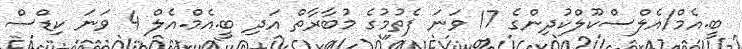
ބީ.އެމް/އެލްސްކޫލްކުދިންގެ 17 ވަނަ ފެތުމުގެ މުބާރާތް އަދި ބީ.އެމް.އެލް 4 ވަނަ ކިޑްސް